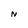
Character: N